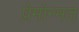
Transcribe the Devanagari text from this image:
प्रेमोन्मत